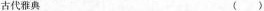
古代雅典（）